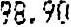
98.90